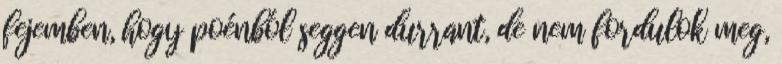
fejemben, hogy poénból seggen durrant, de nem fordulok meg,